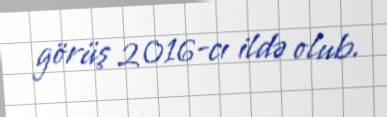
görüş 2016-cı ildə olub.